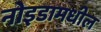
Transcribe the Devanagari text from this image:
नोइडामधील